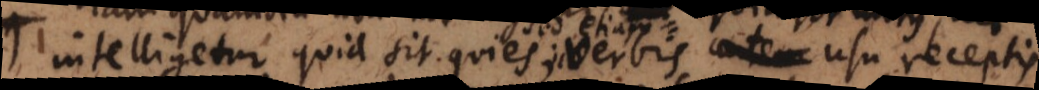
intelligetur quid sit quies; verbis usu receptis